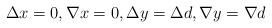
LaTeX: \begin{align*}\Delta x = 0, \nabla x = 0, \Delta y = \Delta d, \nabla y = \nabla d\end{align*}